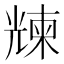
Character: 𠒵